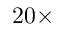
2 0 \times